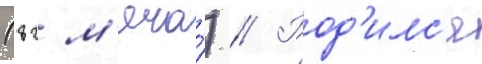
(82 м'яча́) // Род'илс'я